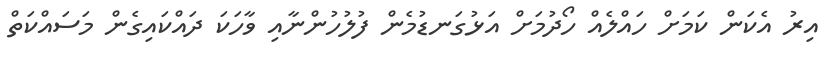
އިރު އެކަން ކަމަށް ހައްލެއް ހޯދުމަށް އަޅުގަނޑުމެން ފުލުހުންނާއި ވާހަކަ ދައްކައިގެން މަސައްކަތް